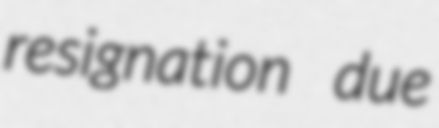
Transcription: resignation due